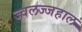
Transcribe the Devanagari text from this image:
ज्वलज्जहाल